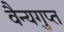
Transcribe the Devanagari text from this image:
वैन्यगुप्त